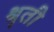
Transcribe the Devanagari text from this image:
श्रृती